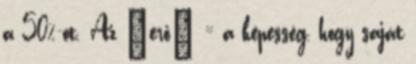
a 50%-ot. Az „erő” = a képesség, hogy saját